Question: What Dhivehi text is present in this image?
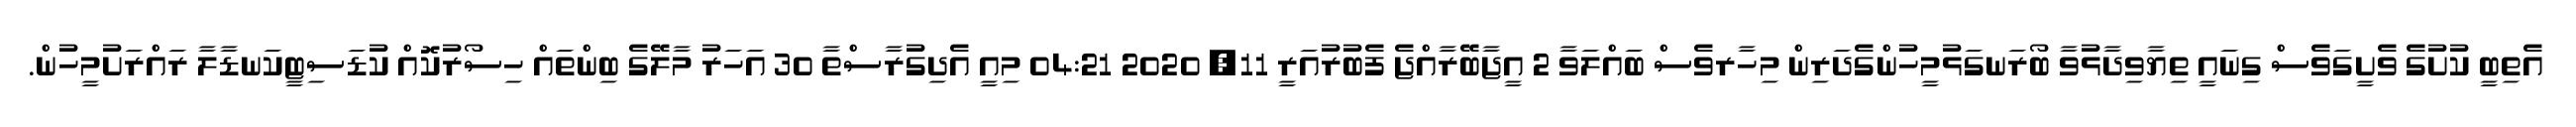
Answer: އެތިބީ ކުށުގެ ވެށީގަވެސް ގިނައީ ތިޔާވިދާޅުވާ ބޯރަނގަޅުމީހުންގެދަރިން މިހާރވެސް ބައްލަވާ 2 އީޖާބޭރާއްޖެ ފެބުރުއަރީ 11, 2020 04:21 މިއީ އެދިގުރާސްތާ 30 އަހަރު މާލޭގެ ބިންތައް ހިސޯރުކޮއް ކުޑަސިޓީކަނޑާލާ ރައްރަށުމީހުން.